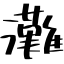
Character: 灘